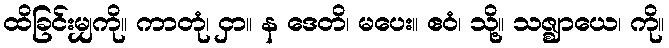
ထိခြင်းမျှကို။ ကာတုံ၊ ငှာ။ န ဒေတိ၊ မပေး။ ဧဝံ၊ သို့။ သဇ္ဈာယေ၊ ကို။